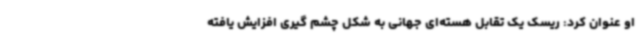
او عنوان کرد: ریسک یک تقابل هسته‌ای جهانی به شکل چشم گیری افزایش یافته